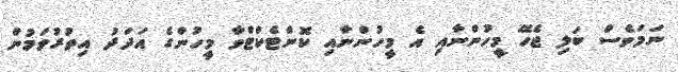
ނަމަވެސް ބަލި ޖެހޭ މީހުންނާއި އެ މީހުންނާއި ކޮންޓެކްޓްވާ މީހުންގެ އަދަދު އިތުރުވަމުން